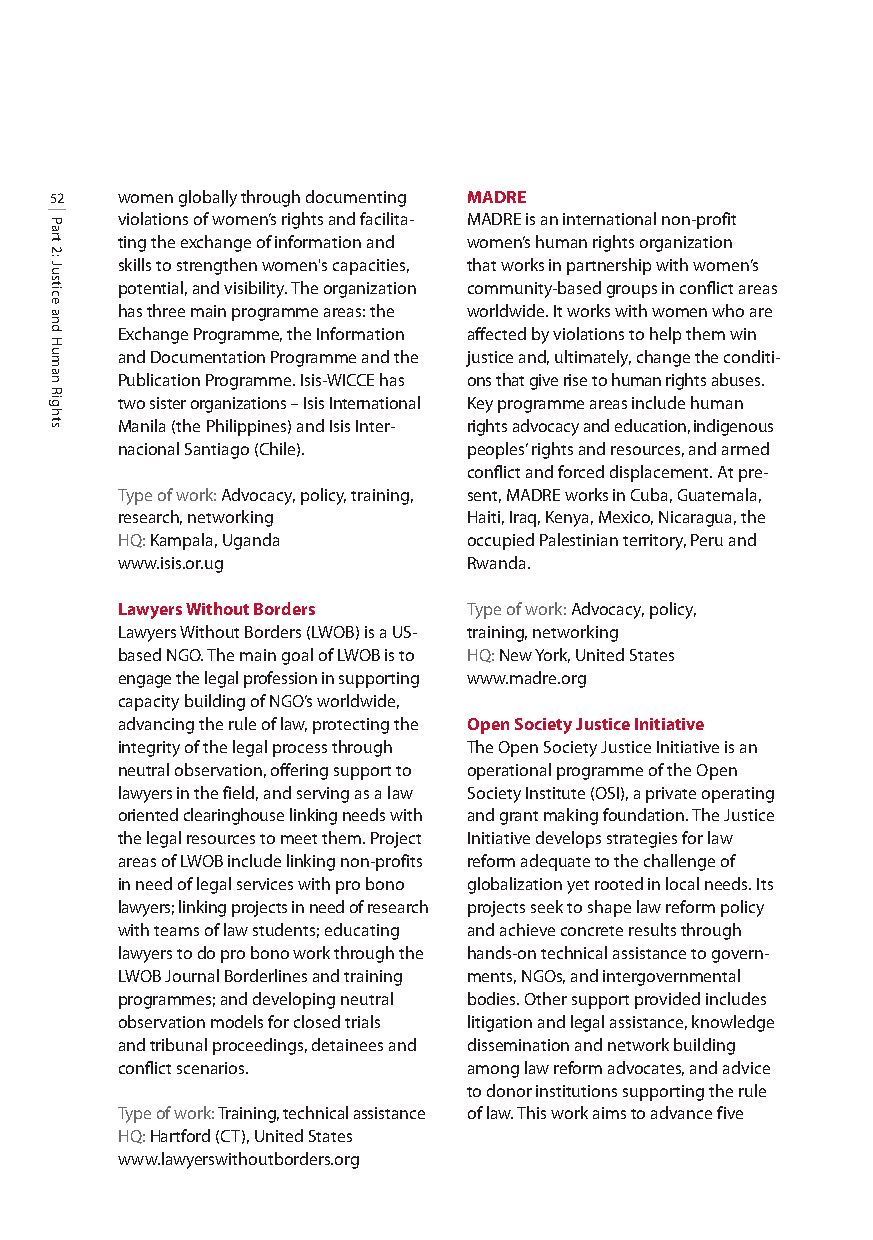
52   women globally through documenting MADRE
 violations of women’s rights and facilita- MADRE is an international non-profit
 ting the exchange of information and women’s human rights organization
 skills to strengthen women's capacities, that works in partnership with women’s
 potential, and visibility. The organization community-based groups in conflict areas
 has three main programme areas: the worldwide. It works with women who are
 Exchange Programme, the Information affected by violations to help them win
 and Documentation Programme and the justice and, ultimately, change the conditi-
 Publication Programme. Isis-WICCE has ons that give rise to human rights abuses.
 two sister organizations – Isis International Key programme areas include human
 Manila (the Philippines) and Isis Inter- rights advocacy and education, indigenous
 nacional Santiago (Chile). peoples’rights and resources, and armed
 conflict and forced displacement. At pre-
 Type of work: Advocacy, policy, training, sent, MADRE works in Cuba, Guatemala,
 research, networking   Haiti, Iraq, Kenya, Mexico, Nicaragua, the
 HQ: Kampala, Uganda    occupied Palestinian territory, Peru and
 www.isis.or.ug         Rwanda.
 Lawyers Without Borders Type of work: Advocacy, policy,
 Lawyers Without Borders (LWOB) is a US- training, networking
 based NGO. The main goal of LWOB is to HQ:New York, United States
 engage the legal profession in supporting www.madre.org
 capacity building of NGO’s worldwide,
 advancing the rule of law, protecting the Open Society Justice Initiative
 integrity of the legal process through The Open Society Justice Initiative is an
 neutral observation, offering support to operational programme of the Open
 lawyers in the field, and serving as a law Society Institute (OSI), a private operating
 oriented clearinghouse linking needs with and grant making foundation. The Justice
 the legal resources to meet them. Project Initiative develops strategies for law
 areas of LWOB include linking non-profits reform adequate to the challenge of
 in need of legal services with pro bono globalization yet rooted in local needs. Its
 lawyers; linking projects in need of research projects seek to shape law reform policy
 with teams of law students; educating and achieve concrete results through
 lawyers to do pro bono work through the hands-on technical assistance to govern-
 LWOB Journal Borderlines and training ments, NGOs, and intergovernmental
 programmes; and developing neutral bodies. Other support provided includes
 observation models for closed trials litigation and legal assistance, knowledge
 and tribunal proceedings, detainees and dissemination and network building
 conflict scenarios.    among law reform advocates, and advice
 to donor institutions supporting the rule
 Type of work: Training, technical assistance of law. This work aims to advance five
 HQ:Hartford (CT), United States
 www.lawyerswithoutborders.org
 Part
 2:
 Justice
 and
 Human
 Rights